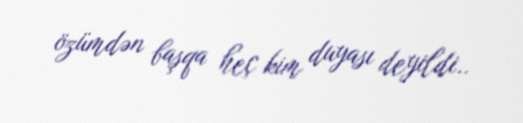
özümdən başqa heç kim duyası deyildi..